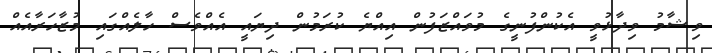
ވިޝާމު ވިދާޅުވީ އެކުންފުނީގެ މުވައްޒަފުން އިއްޔެ ކުރަމުން ދިޔައީ އެއްވެސް ހާލެއްގައި މުޒާހަރާއެއް